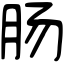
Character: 肠